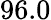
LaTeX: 96.0